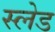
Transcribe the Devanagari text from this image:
स्‍लेड